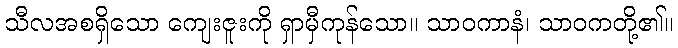
သီလအစရှိသော ကျေးဇူးကို ရှာမှီကုန်သော။ သာဝကာနံ၊ သာဝကတို့၏။